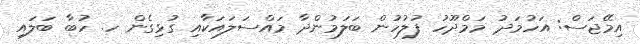
އިމޭޖަސް: އަހުމަދު މަމްދޫހު ފުލުހުން ބަލަމުންދާ މައްސަލައަކާއި ގުޅިގެން ހ. ހުބާ ބަލައި